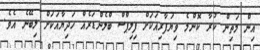
އިން މަތިން ކުރާ ކޮންމެ ވިޔަފާރިއަކަށް ފިލިޕްސް ބްލެންޑަރެއް ހަދިޔާއަކަށް ލިބޭނެ އެވެ.